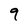
Character: 9